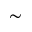
\sim